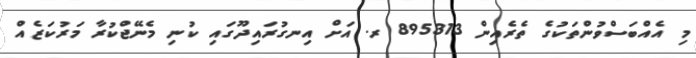
މި އެއްބަސްވުންތަކުގެ ތެރެއިން 895313 ރ. އަށް އިނގުރައިދޫގައި ކުނި މެނޭޖްކުރާ މަރުކަޒެއް